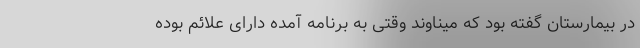
در بیمارستان گفته بود که میناوند وقتی به برنامه آمده دارای علائم بوده